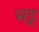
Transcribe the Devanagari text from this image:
भट्ट़